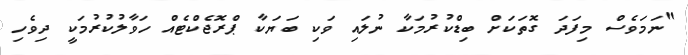
"ނަމަވެސް މިފަދަ ގޮތަކަށް ބިޑްކުރުމަކާ ނުލައި ވަކި ބަޔަކާ ޕްރޮޖެކްޓެއް ހަވާލުކުރުމަކީ ދިވެހި